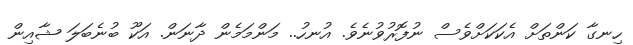
ހިނގާ ކަންތަށް އެކަކަށްވެސް ނުފޮރުވުނެވެ. އުނހު.. މަންމަމެން ދާނަން. އަކޫ ބުނެބަލަ ޝާއިން